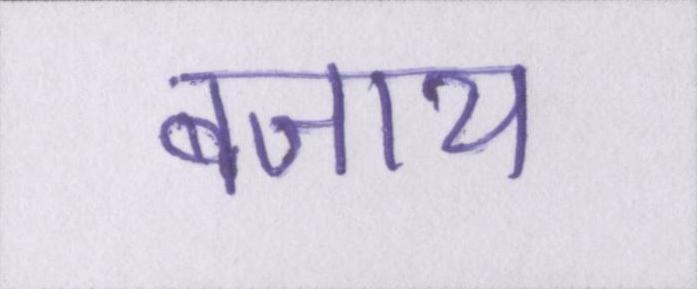
बजाय